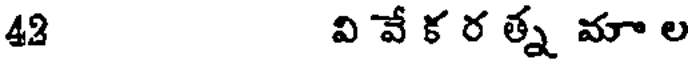
42 వి వే క ర త్న మా ల